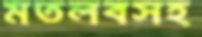
মতলবসহ